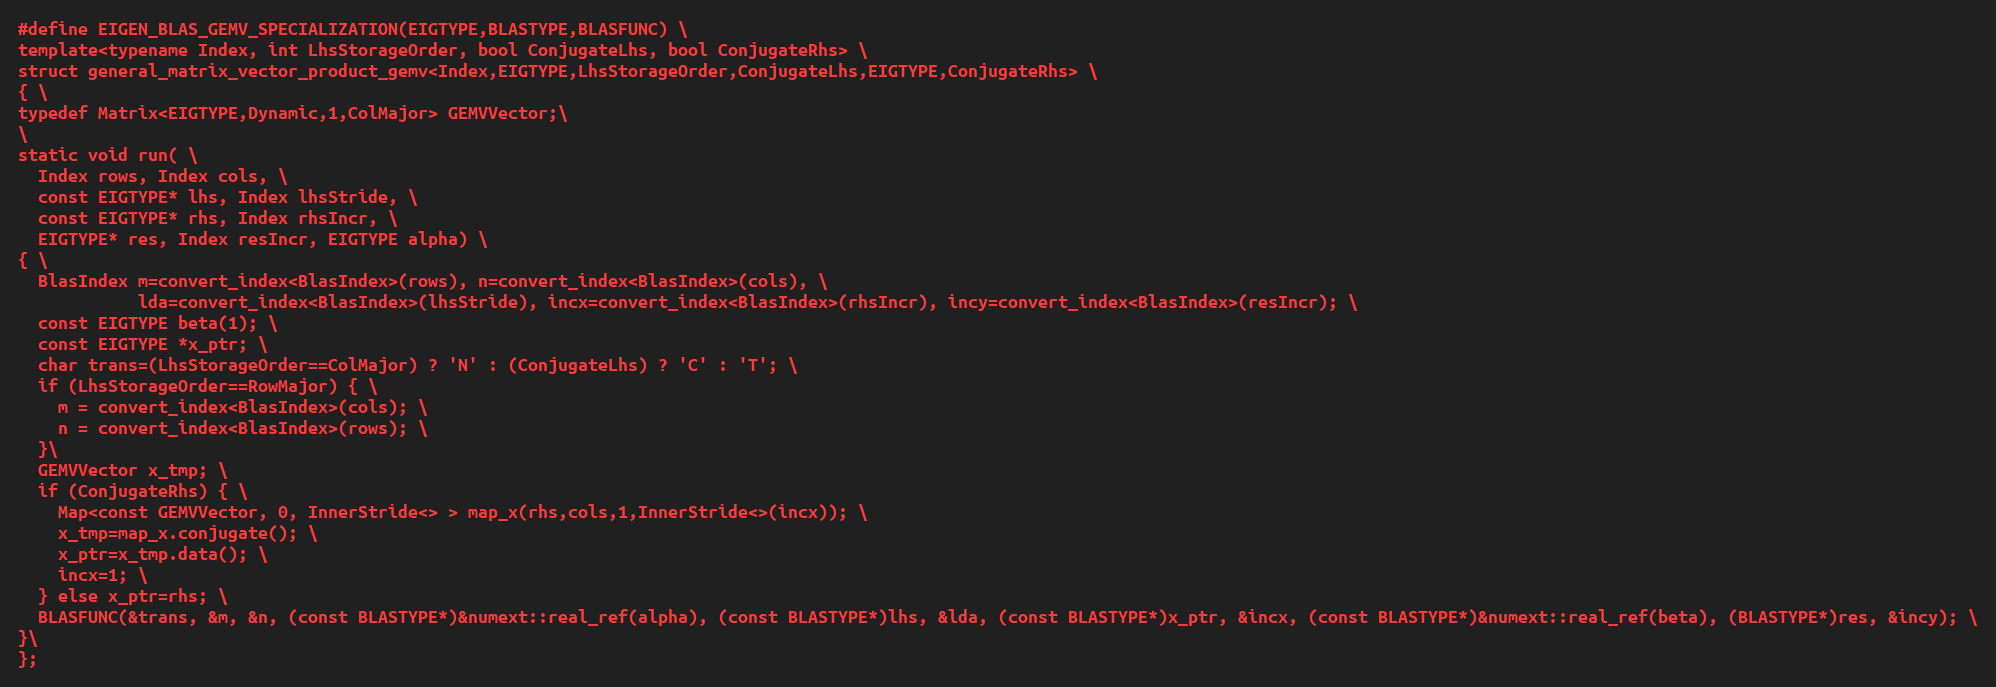
Language: C
#define EIGEN_BLAS_GEMV_SPECIALIZATION(EIGTYPE,BLASTYPE,BLASFUNC) \
template<typename Index, int LhsStorageOrder, bool ConjugateLhs, bool ConjugateRhs> \
struct general_matrix_vector_product_gemv<Index,EIGTYPE,LhsStorageOrder,ConjugateLhs,EIGTYPE,ConjugateRhs> \
{ \
typedef Matrix<EIGTYPE,Dynamic,1,ColMajor> GEMVVector;\
\
static void run( \
  Index rows, Index cols, \
  const EIGTYPE* lhs, Index lhsStride, \
  const EIGTYPE* rhs, Index rhsIncr, \
  EIGTYPE* res, Index resIncr, EIGTYPE alpha) \
{ \
  BlasIndex m=convert_index<BlasIndex>(rows), n=convert_index<BlasIndex>(cols), \
            lda=convert_index<BlasIndex>(lhsStride), incx=convert_index<BlasIndex>(rhsIncr), incy=convert_index<BlasIndex>(resIncr); \
  const EIGTYPE beta(1); \
  const EIGTYPE *x_ptr; \
  char trans=(LhsStorageOrder==ColMajor) ? 'N' : (ConjugateLhs) ? 'C' : 'T'; \
  if (LhsStorageOrder==RowMajor) { \
    m = convert_index<BlasIndex>(cols); \
    n = convert_index<BlasIndex>(rows); \
  }\
  GEMVVector x_tmp; \
  if (ConjugateRhs) { \
    Map<const GEMVVector, 0, InnerStride<> > map_x(rhs,cols,1,InnerStride<>(incx)); \
    x_tmp=map_x.conjugate(); \
    x_ptr=x_tmp.data(); \
    incx=1; \
  } else x_ptr=rhs; \
  BLASFUNC(&trans, &m, &n, (const BLASTYPE*)&numext::real_ref(alpha), (const BLASTYPE*)lhs, &lda, (const BLASTYPE*)x_ptr, &incx, (const BLASTYPE*)&numext::real_ref(beta), (BLASTYPE*)res, &incy); \
}\
};